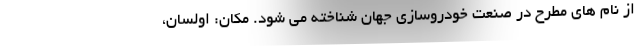
از نام های مطرح در صنعت خودروسازی جهان شناخته می شود. مکان: اولسان،